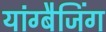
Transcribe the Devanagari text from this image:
यांग्बैजिंग